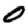
Digit: 0